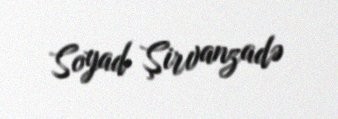
Soyad Şirvanzadə